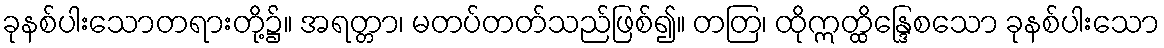
ခုနစ်ပါးသောတရားတို့၌။ အရတ္တာ၊ မတပ်တတ်သည်ဖြစ်၍။ တတြ၊ ထိုဣတ္ထိန္ဒြေစသော ခုနစ်ပါးသော